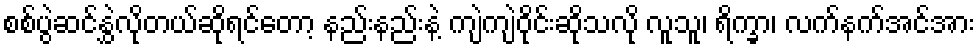
စစ်ပွဲဆင်နွှဲလိုတယ်ဆိုရင်တော့ နည်းနည်းနဲ့ ကျဲကျဲဝိုင်းဆိုသလို လူသူ၊ ရိက္ခာ၊ လက်နက်အင်အား